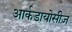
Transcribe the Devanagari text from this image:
आर्कडायोसीज़